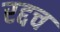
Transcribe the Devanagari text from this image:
रद्दच